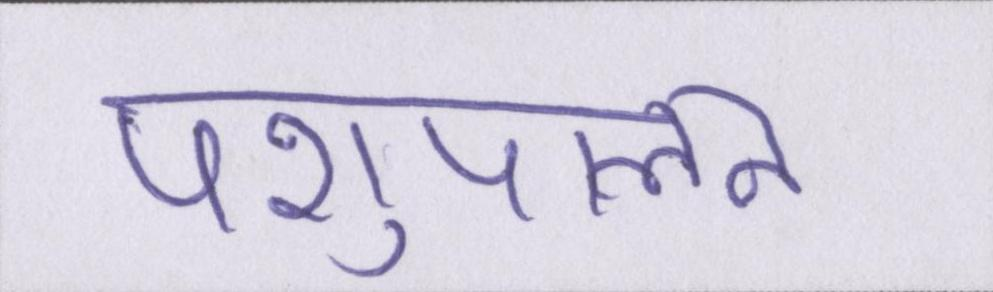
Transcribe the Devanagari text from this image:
पशुपालन